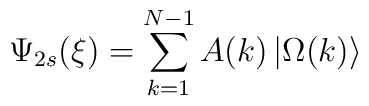
\Psi _{2s}(\xi )=\sum_{k=1}^{N-1}A(k)\left| \Omega (k)\right\rangle